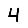
Digit: 4